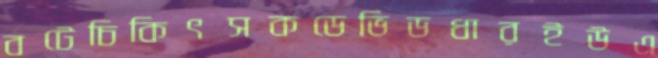
বটেচিকিৎসকডেভিডধারইউএ